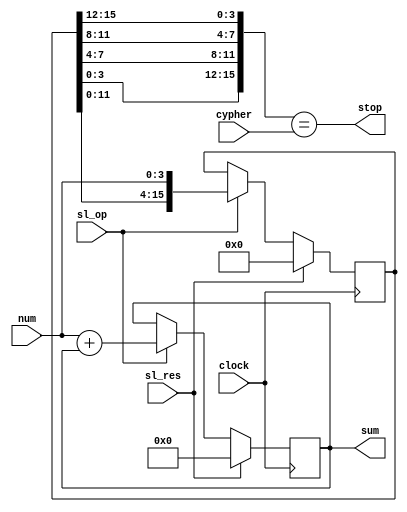
module datapath(
	input sl_res,
	input sl_op,
	input clock,
	input [15:0] cypher,
	input [3:0] num,
	output stop,
	output [7:0] sum);
	
	// registers
	reg [15:0] reg_4bits;
	reg [7:0] reg_sum;
	
	// wires
	wire [7:0] n_sum;
	wire [15:0] n_4bits;
	wire [7:0] w_sum;
	wire [15:0] w_4bits;
	
	// sum and shift operations
	assign n_sum = {4'b0, num} + reg_sum;
	assign n_4bits = {reg_4bits[11:0], num};
	
	
	// multiplexers
	assign w_sum = sl_res ? 8'b0:(sl_op ? n_sum: reg_sum);
	assign w_4bits = sl_res ? 16'b0:(sl_op ? n_4bits: reg_4bits);
	
	// stop bit
	assign stop = {reg_4bits[3:0], reg_4bits[7:4], reg_4bits[11:8], reg_4bits[15:12]} == cypher;
	assign sum = reg_sum;
	
	initial begin
		reg_4bits = 0;
		reg_sum = 0;
	end
	
	
	always @ (posedge clock) begin
		
//		if(sl_op || sl_res)
//		begin
			reg_sum <= w_sum;
			reg_4bits <= w_4bits;		
//		end
	end
endmodule